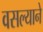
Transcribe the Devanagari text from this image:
वसल्याने